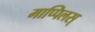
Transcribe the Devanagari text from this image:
माप्पिलस्